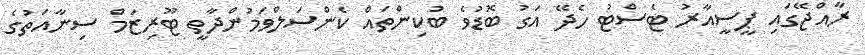
ރާއްޖޭގައި ޕީސީއާރު ޓެސްޓު ހެދޭ އަގު ބޮޑުވެ ބުކިންތައް ކެންސަލްވަމުންދާތީ ޓޫރިޒަމް ސިނާއަތުގެ